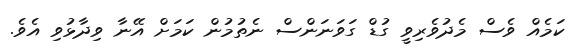
ކަމެއް ވެސް މެދުވެރިވީ ގުޑް ގަވަނަންސް ނެތުމުން ކަމަށް އޭނާ ވިދާޅުވި އެވެ.